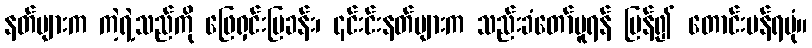
နတ်များက ကဲ့ရဲ့သည်ကို ဖြေရှင်းပြခန်း၊ ၎င်းင်းနတ်များက သည်းခံတော်မူရန် ပြန်၍ တောင်းပန်ရပုံ။